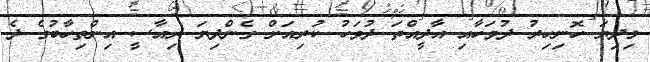
މިދިޔަ ހޮނިހިރު ދުވަހާއި އާދީއްތަ ދުވަހު ކުރިއަށް ގެންދިޔަ ރިއާސީ އިންތިހާބުގެ ދެ